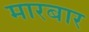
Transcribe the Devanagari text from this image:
मारबार